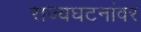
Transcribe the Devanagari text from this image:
राज्यघटनांवर